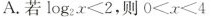
A.若$$l o g _ { 2 } x < 2$$，则$$0 < x < 4$$